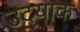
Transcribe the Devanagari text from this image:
उदयाक